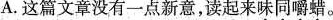
A.这篇文章没有一点新意，读起来味同嚼蜡。